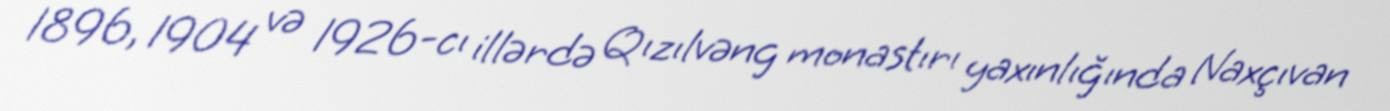
1896, 1904 və 1926-cı illərdə Qızılvəng monastırı yaxınlığında Naxçıvan